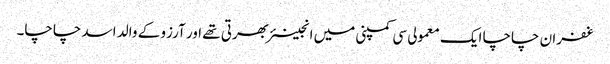
غفران چاچا ایک معمولی سی کمپنی میں انجینئر بھرتی تھے اور آرزو کے والد اسد چاچا۔